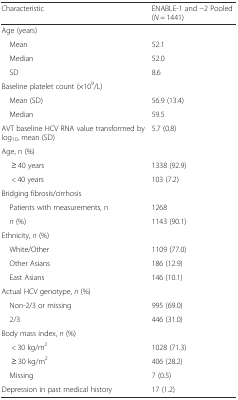
<table><thead><tr><td><b>Characteristic</b></td><td><b>ENABLE-1 and −2 Pooled (<i>N</i> = 1441)</b></td></tr></thead><tbody><tr><td>Age (years)</td><td></td></tr><tr><td> Mean</td><td>52.1</td></tr><tr><td> Median</td><td>52.0</td></tr><tr><td> SD</td><td>8.6</td></tr><tr><td>Baseline platelet count (×10<sup>9</sup>/L)</td><td></td></tr><tr><td> Mean (SD)</td><td>56.9 (13.4)</td></tr><tr><td> Median</td><td>59.5</td></tr><tr><td>AVT baseline HCV RNA value transformed by log<sub>10</sub>, mean (SD)</td><td>5.7 (0.8)</td></tr><tr><td>Age, n (%)</td><td></td></tr><tr><td>≥ 40 years</td><td>1338 (92.9)</td></tr><tr><td>&lt; 40 years</td><td>103 (7.2)</td></tr><tr><td>Bridging fibrosis/cirrhosis</td><td></td></tr><tr><td> Patients with measurements, n</td><td>1268</td></tr><tr><td> <i>n</i> (%)</td><td>1143 (90.1)</td></tr><tr><td>Ethnicity, <i>n</i> (%)</td><td></td></tr><tr><td> White/Other</td><td>1109 (77.0)</td></tr><tr><td> Other Asians</td><td>186 (12.9)</td></tr><tr><td> East Asians</td><td>146 (10.1)</td></tr><tr><td>Actual HCV genotype, <i>n</i> (%)</td><td></td></tr><tr><td> Non-2/3 or missing</td><td>995 (69.0)</td></tr><tr><td> 2/3</td><td>446 (31.0)</td></tr><tr><td>Body mass index, <i>n</i> (%)</td><td></td></tr><tr><td>&lt; 30 kg/m<sup>2</sup></td><td>1028 (71.3)</td></tr><tr><td>≥ 30 kg/m<sup>2</sup></td><td>406 (28.2)</td></tr><tr><td> Missing</td><td>7 (0.5)</td></tr><tr><td>Depression in past medical history</td><td>17 (1.2)</td></tr></tbody></table>